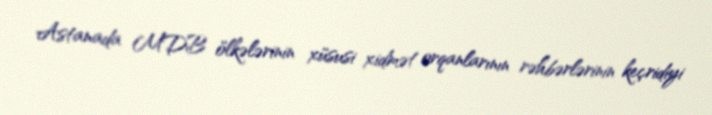
Astanada MDB ölkələrinin xüsusi xidmət orqanlarının rəhbərlərinin keçridiyi